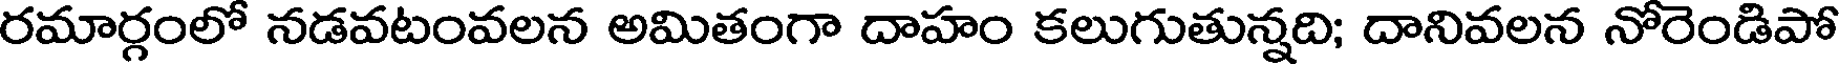
రమార్గంలో నడవటంవలన అమితంగా దాహం కలుగుతున్నది; దానివలన నోరెండిపో